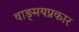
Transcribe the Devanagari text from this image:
वाङ्‌मयप्रकार